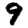
Digit: 9